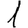
Digit: 1